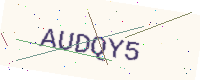
Text: AUDQY5